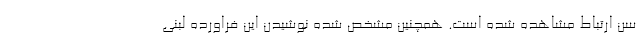
سن ارتباط مشاهده شده است. همچنین مشخص شده نوشیدن این فراورده لبنی